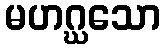
မဟဂ္ဃသော